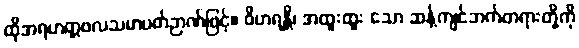
ထိုအရဟတ္တဖလသမာပတ်ဉာဏ်ဖြင့်။ ဝိဟရန္တိ၊ အထူးထူး သော ဆန့်ကျင်ဘက်တရားတို့ကို